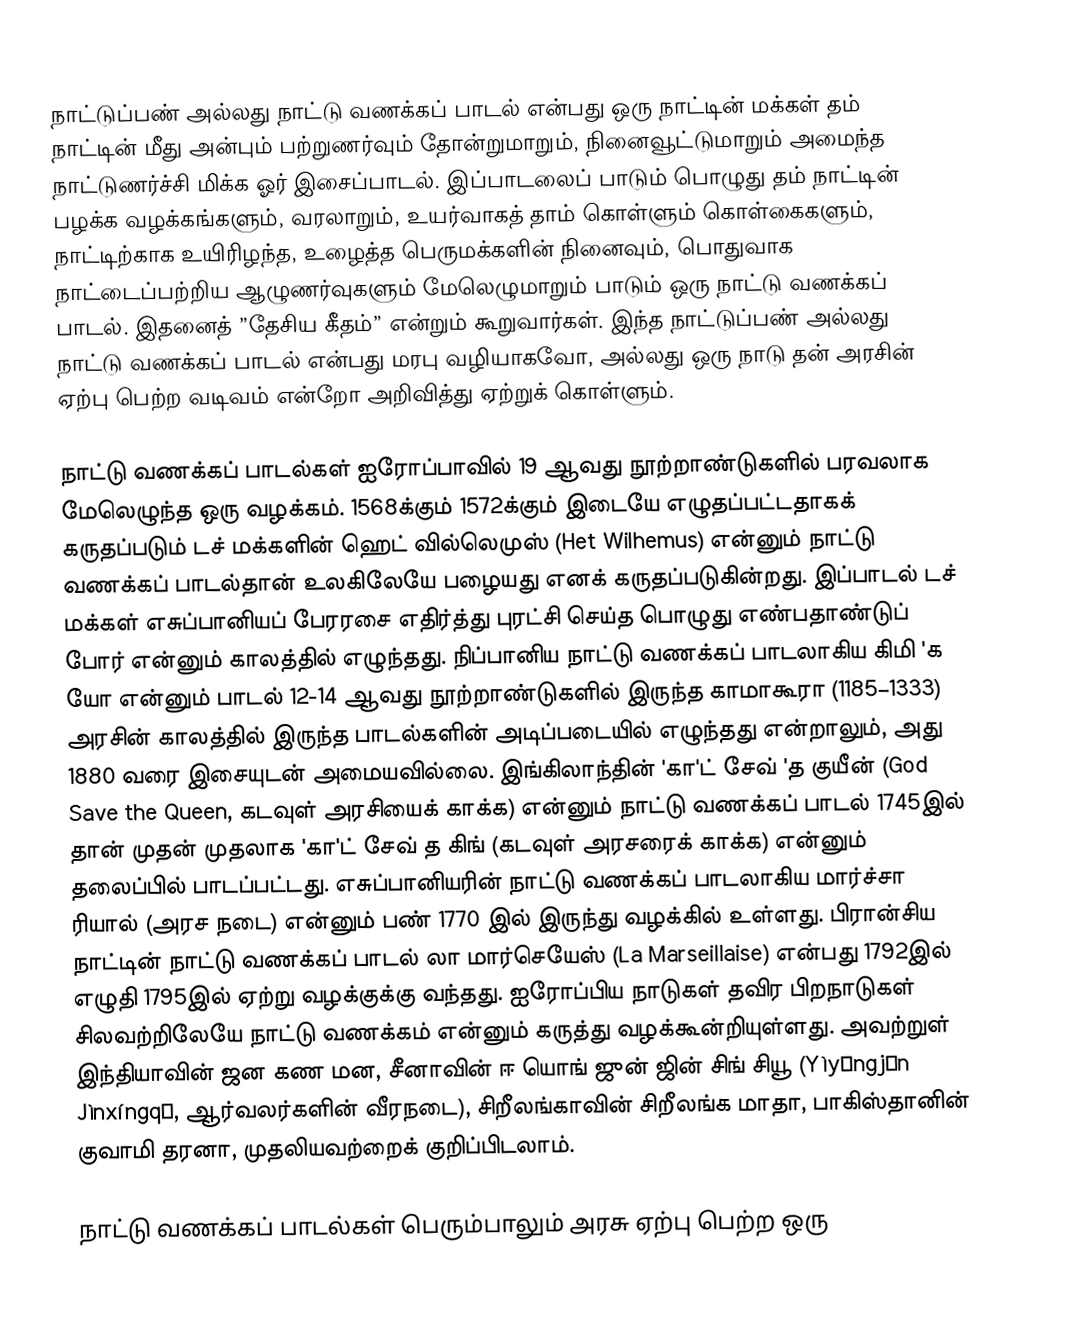
நாட்டுப்பண் அல்லது நாட்டு வணக்கப் பாடல் என்பது ஒரு நாட்டின் மக்கள் தம் நாட்டின் மீது அன்பும் பற்றுணர்வும் தோன்றுமாறும், நினைவூட்டுமாறும் அமைந்த நாட்டுணர்ச்சி மிக்க ஓர் இசைப்பாடல். இப்பாடலைப் பாடும் பொழுது தம் நாட்டின் பழக்க வழக்கங்களும், வரலாறும், உயர்வாகத் தாம் கொள்ளும் கொள்கைகளும், நாட்டிற்காக உயிரிழந்த, உழைத்த பெருமக்களின் நினைவும், பொதுவாக நாட்டைப்பற்றிய ஆழுணர்வுகளும் மேலெழுமாறும் பாடும் ஒரு நாட்டு வணக்கப் பாடல். இதனைத் ”தேசிய கீதம்” என்றும் கூறுவார்கள். இந்த நாட்டுப்பண் அல்லது நாட்டு வணக்கப் பாடல் என்பது மரபு வழியாகவோ, அல்லது ஒரு நாடு தன் அரசின் ஏற்பு பெற்ற வடிவம் என்றோ அறிவித்து ஏற்றுக் கொள்ளும்.

நாட்டு வணக்கப் பாடல்கள் ஐரோப்பாவில் 19 ஆவது நூற்றாண்டுகளில் பரவலாக மேலெழுந்த ஒரு வழக்கம். 1568க்கும் 1572க்கும் இடையே எழுதப்பட்டதாகக் கருதப்படும் டச் மக்களின் ஹெட் வில்லெமுஸ் (Het Wilhemus) என்னும் நாட்டு வணக்கப் பாடல்தான் உலகிலேயே பழையது எனக் கருதப்படுகின்றது. இப்பாடல் டச் மக்கள் எசுப்பானியப் பேரரசை எதிர்த்து புரட்சி செய்த பொழுது எண்பதாண்டுப் போர் என்னும் காலத்தில் எழுந்தது. நிப்பானிய நாட்டு வணக்கப் பாடலாகிய கிமி 'க யோ என்னும் பாடல் 12-14 ஆவது நூற்றாண்டுகளில் இருந்த காமாகூரா (1185–1333) அரசின் காலத்தில் இருந்த பாடல்களின் அடிப்படையில் எழுந்தது என்றாலும், அது 1880 வரை இசையுடன் அமையவில்லை. இங்கிலாந்தின் 'கா'ட் சேவ் 'த குயீன் (God Save the Queen, கடவுள் அரசியைக் காக்க) என்னும் நாட்டு வணக்கப் பாடல் 1745இல் தான் முதன் முதலாக 'கா'ட் சேவ் த கிங் (கடவுள் அரசரைக் காக்க) என்னும் தலைப்பில் பாடப்பட்டது. எசுப்பானியரின் நாட்டு வணக்கப் பாடலாகிய மார்ச்சா ரியால் (அரச நடை) என்னும் பண் 1770 இல் இருந்து வழக்கில் உள்ளது. பிரான்சிய நாட்டின் நாட்டு வணக்கப் பாடல் லா மார்செயேஸ் (La Marseillaise) என்பது 1792இல் எழுதி 1795இல் ஏற்று வழக்குக்கு வந்தது. ஐரோப்பிய நாடுகள் தவிர பிறநாடுகள் சிலவற்றிலேயே நாட்டு வணக்கம் என்னும் கருத்து வழக்கூன்றியுள்ளது. அவற்றுள் இந்தியாவின் ஜன கண மன, சீனாவின் ஈ யொங் ஜுன் ஜின் சிங் சியூ (Yìyǒngjūn Jìnxíngqǔ, ஆர்வலர்களின் வீரநடை), சிறீலங்காவின் சிறீலங்க மாதா, பாகிஸ்தானின் குவாமி தரனா, முதலியவற்றைக் குறிப்பிடலாம்.

நாட்டு வணக்கப் பாடல்கள் பெரும்பாலும் அரசு ஏற்பு பெற்ற ஒரு